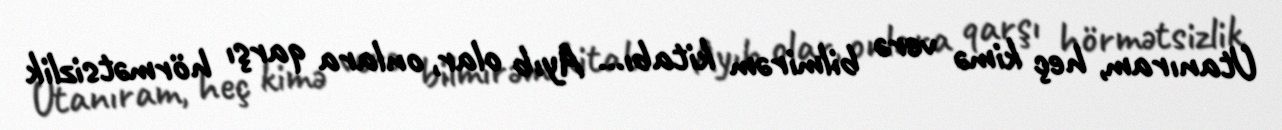
Utanıram, heç kimə verə bilmirəm kitabı... Ayıb olar, onlara qarşı hörmətsizlik